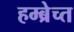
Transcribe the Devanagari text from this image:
हम्ब्रेच्त